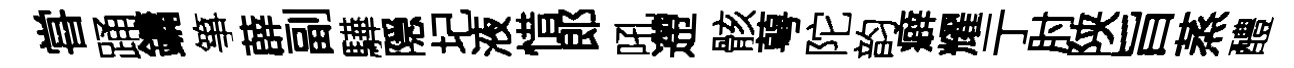
甞踊鏞箏薜副驊隠圮液惜郎吼遰骸萼陀韵癖耀亍肘陕旨蒸醴